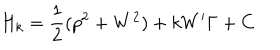
LaTeX: H _ { k } = \frac { 1 } { 2 } ( p ^ { 2 } + W ^ { 2 } ) + k W ^ { \prime } \Gamma + C